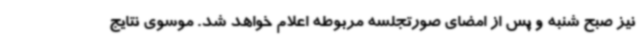
نیز صبح شنبه و پس از امضای صورتجلسه مربوطه اعلام خواهد شد. موسوی نتایج